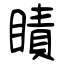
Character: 瞔